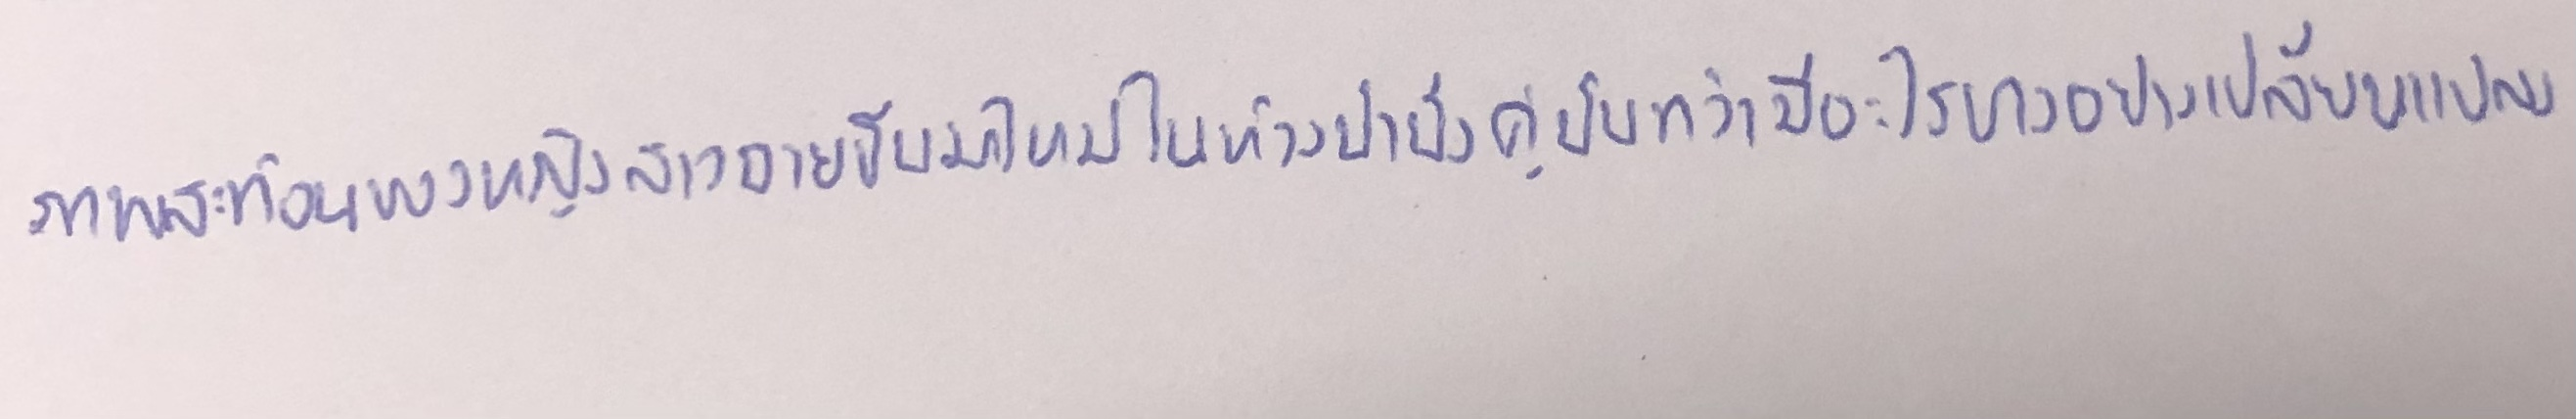
ภาพสะท้อนของหญิงสาวฉายขึ้นมาใหม่ในห้วงน้ำนิ่งคู่นั้นทว่ามีอะไรบางอย่างเปลี่ยนแปลง